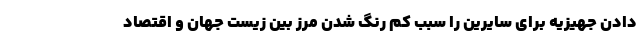
دادن جهیزیه‌ برای سایرین را سبب کم رنگ شدن مرز بین زیست جهان و اقتصاد